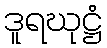
ဒူရဃုဋ္ဌံ